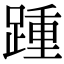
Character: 踵